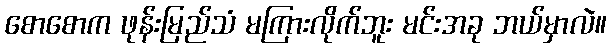
စောစောက ဖုန်းမြည်သံ မကြားလိုက်ဘူး မင်းအခု ဘယ်မှာလဲ။